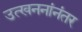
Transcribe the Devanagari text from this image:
उत्खननांनंतर